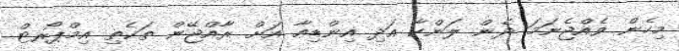
މިހެން ވެއްޖެނަމަ ދެން ލަންކާ އަދި އިންޑިއާ އަށް ރާއްޖޭން ތަކެތި އިމްޕޯރޓް